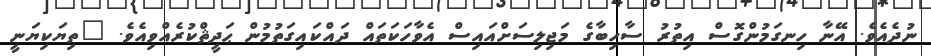
ނުދެއެވެ. އޭނާ ހިނގަމުންގޮސް އިތުރު ސާހިބާގެ މަޖިލިސަށްއައިސް އެވާހަކަތައް ދައްކައިގަތުމުން ޙަދީޘްކުރެއްވިއެވެ. "ތިޔަކިޔަނީ